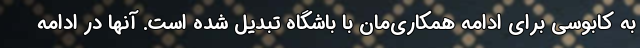
به کابوسی برای ادامه همکاری‌مان با باشگاه تبدیل شده است. آنها در ادامه